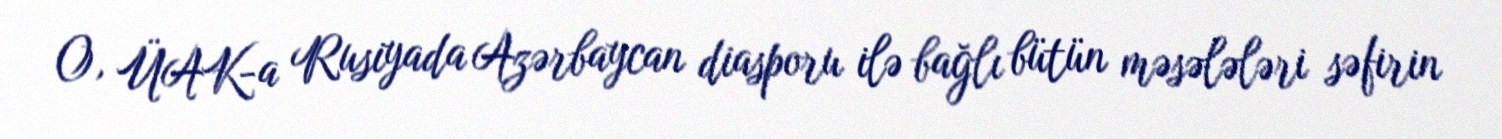
O, ÜAK-a Rusiyada Azərbaycan diasporu ilə bağlı bütün məsələləri səfirin